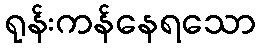
ရုန်းကန်နေရသော